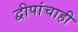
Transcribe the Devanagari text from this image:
द्वीपांचाही